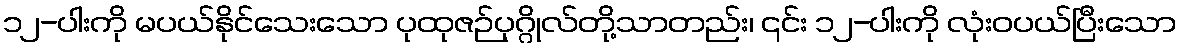
၁၂-ပါးကို မပယ်နိုင်သေးသော ပုထုဇဉ်ပုဂ္ဂိုလ်တို့သာတည်း၊ ၎င်း ၁၂-ပါးကို လုံးဝပယ်ပြီးသော